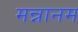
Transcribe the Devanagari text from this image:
मन्नानम